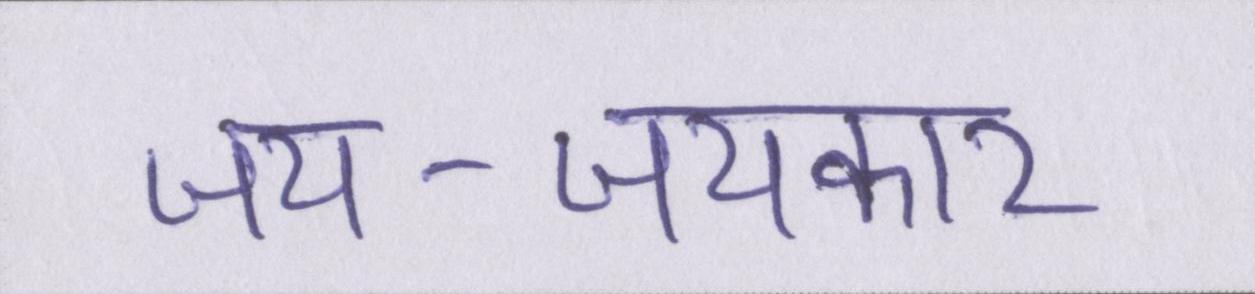
जय-जयकार